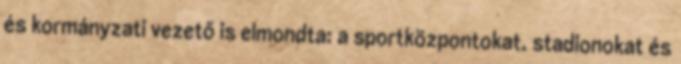
és kormányzati vezető is elmondta: a sportközpontokat, stadionokat és